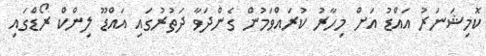
ކޮމިޝަނަރު އައްޑު އަށް މިހާރު ކުރައްވަމުން ގެންދަވާ ދަތުރުގައި އައްޑޫ ލިންކް ރޯޑްގައި